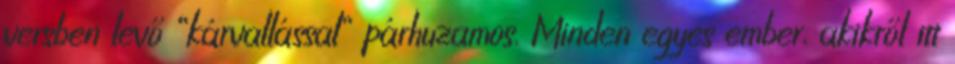
versben levő “kárvallással” párhuzamos. Minden egyes ember, akikről itt